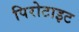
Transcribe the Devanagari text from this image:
पिरोटाइट